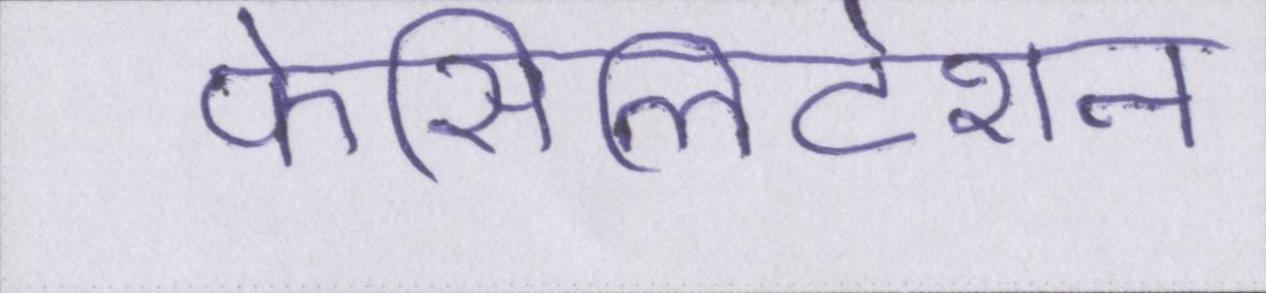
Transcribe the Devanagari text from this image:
फेसिलिटेशन